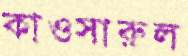
কাওসারুল